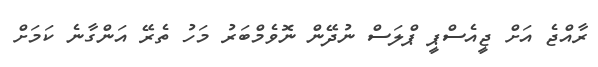
ރާއްޖެ އަށް ޖީއެސްޕީ ޕްލަސް ނުދޭން ނޮވެމްބަރު މަހު ތެރޭ އަންގާނެ ކަމަށް